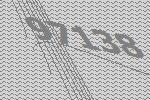
97138